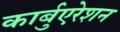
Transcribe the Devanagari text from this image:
कार्बुएरेशन